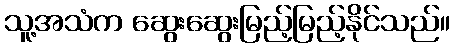
သူ့အသံက ဆွေးဆွေးမြည့်မြည့်နိုင်သည်။